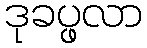
ဒုခပ္ဖလာ